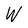
Character: W